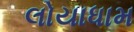
લોયાધામ